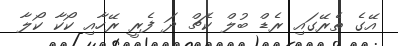
އޭގެ ތެރޭގައި ރެޑް ބުލް ކެޗް ދަ ފެރީ ރޭހާއި ކޯކާ ކޯލާ